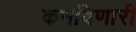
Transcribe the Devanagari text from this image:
कमविणारी